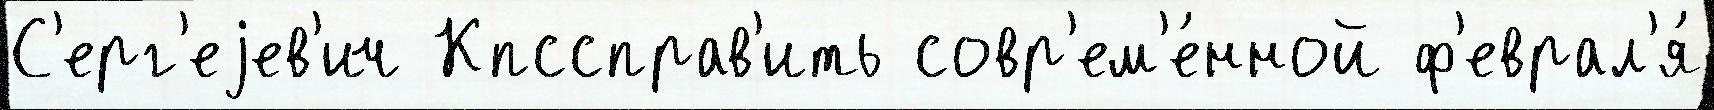
С'ерг'еjев'ич Кпссправ'ить совр'ем'е́нной ф'еврал'я́